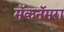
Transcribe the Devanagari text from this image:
मॅकनॅमरा